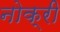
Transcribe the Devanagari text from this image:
नोक्री